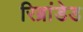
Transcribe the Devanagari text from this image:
रिब्रांडेड